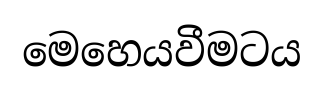
මෙහෙයවීමටය